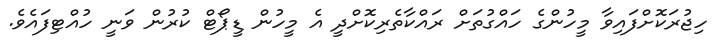
ހިޖުރަކޮށްފައިވާ މީހުންގެ ހައްގުތަށް ރައްކާތެރިކޮށްދީ އެ މީހުން ޑީޕޯޓް ކުރުން ވަނީ ހުއްޓިފައެވެ.